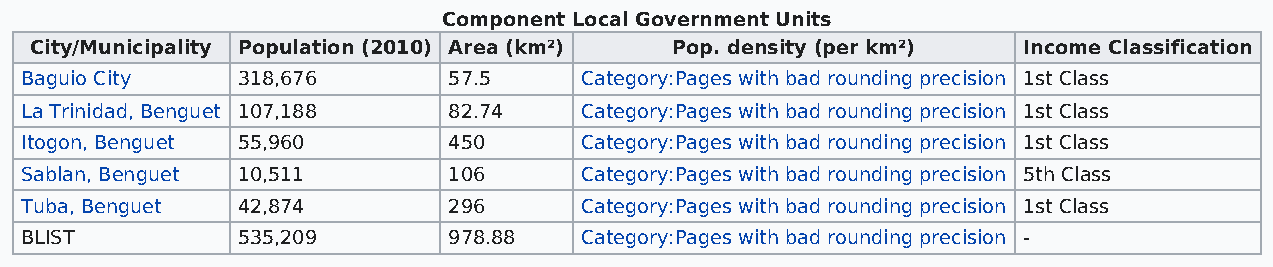
Component Local Government Units
 City/Municipality Population (2010) Area (km²) Pop. density (per km²) Income Classification
 Baguio City    318,676       57.5    Category:Pages with bad rounding precision 1st Class
 La Trinidad, Benguet 107,188 82.74   Category:Pages with bad rounding precision 1st Class
 Itogon, Benguet 55,960       450     Category:Pages with bad rounding precision 1st Class
 Sablan, Benguet 10,511       106     Category:Pages with bad rounding precision 5th Class
 Tuba, Benguet  42,874        296     Category:Pages with bad rounding precision 1st Class
 BLIST          535,209       978.88  Category:Pages with bad rounding precision -